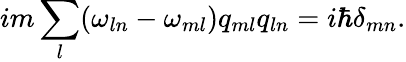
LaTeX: im\sum_{l}(\omega_{ln}-\omega_{ml})q_{ml}q_{ln}=i\hbar\delta_{mn}.